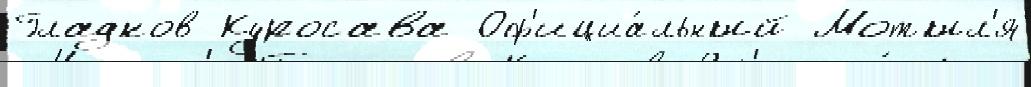
Гладков Куросава Оф'ициа́льный Мотыл'я